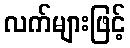
လက်များဖြင့်